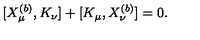
[ X _ { \mu } ^ { ( b ) } , K _ { \nu } ] + [ K _ { \mu } , X _ { \nu } ^ { ( b ) } ] = 0 .